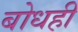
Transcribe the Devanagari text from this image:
बोधही